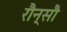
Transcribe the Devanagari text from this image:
रौन्सौ